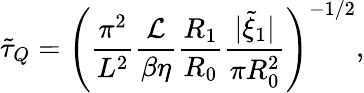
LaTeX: \tilde{\tau}_{Q}=\left(\frac{\pi^{2}}{L^{2}}\frac{\mathcal{L}}{\beta\eta}\frac{R_{1}}{R_{0}}\frac{|\tilde{\xi}_{1}|}{\pi R_{0}^{2}}\right)^{-1/2},